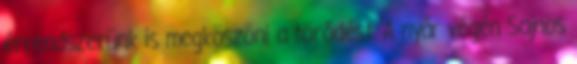
érrendszerünk is megköszöni a törődést. A nyár végén Sajnos